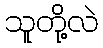
သူတို့လဲ